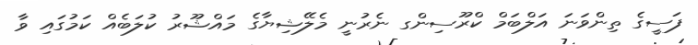
ފަސީގެ ތިންވަނަ އަލްބަމް ކްރޫސިންގ ނެރުނީ މެލޭޝިޔާގެ މައްޝޫރު ކުލަބެއް ކަމުގައި ވާ